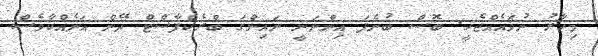
މިހާރު ނުވައެއްޖެހީ. ބޮސް ބުނެފަ އިންނަނީ ނައިންގަ ބްރެކްފާސްޓް ދޭން އަނެއްކާވެސް